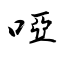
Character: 啞